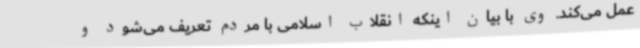
عمل می‌کند. وی با بیان اینکه انقلاب اسلامی با مردم تعریف می‌شود و